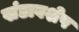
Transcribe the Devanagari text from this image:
खंडावशेष